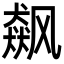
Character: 飙